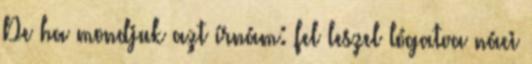
De ha mondjuk azt írnám: fel leszel lógatva náci